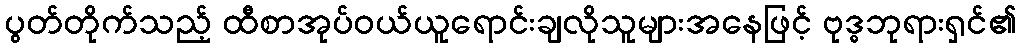
ပွတ်တိုက်သည့် ထီစာအုပ်ဝယ်ယူရောင်းချလိုသူများအနေဖြင့် ဗုဒ္ဓဘုရားရှင်၏